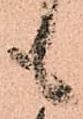
も